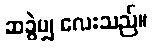
ဆခွဲမျှ လေးသည်။